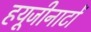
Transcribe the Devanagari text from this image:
हयूजीनाटों